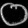
Digit: ၀